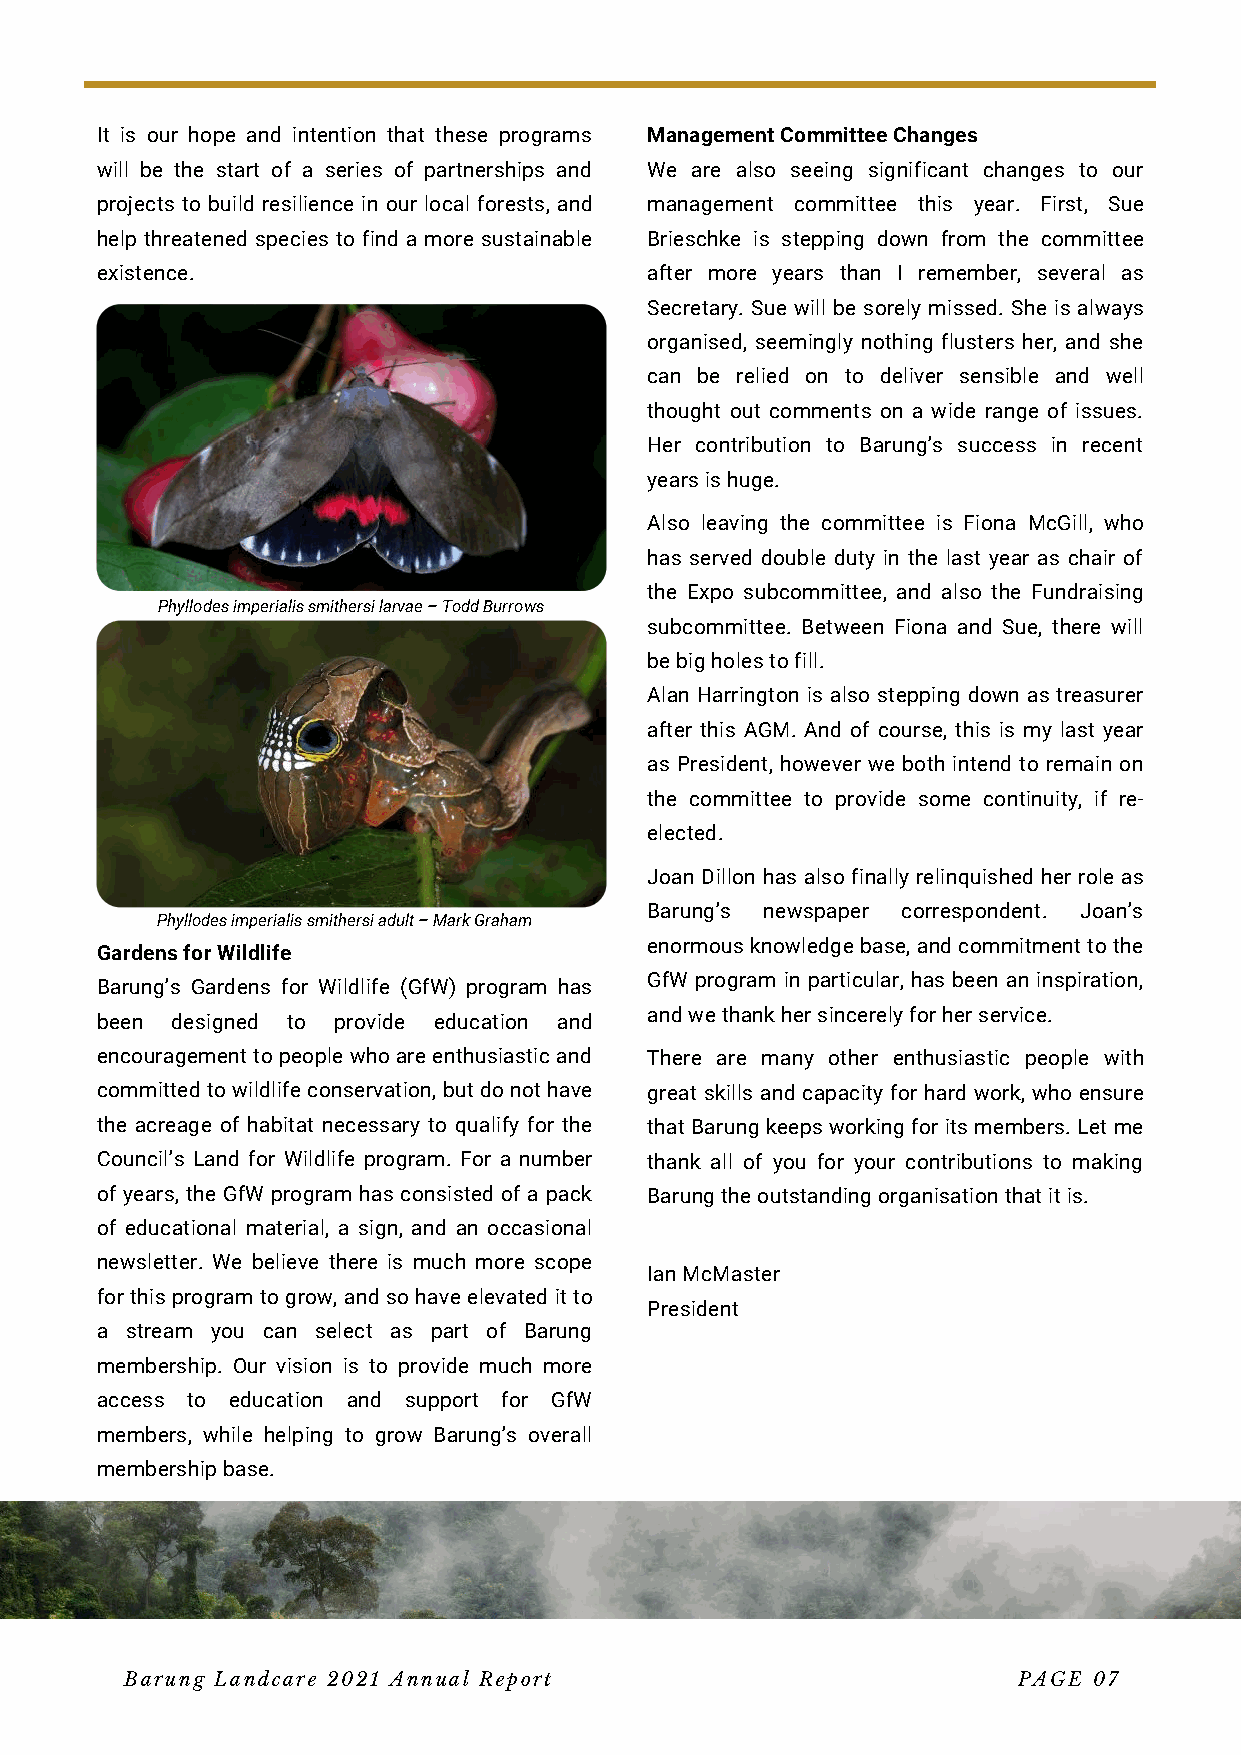
It is our hope and intention that these programs Management Committee Changes
 will be the start of a series of partnerships and We are also seeing significant changes to our
 projects to build resilience in our local forests, and management committee this year. First, Sue
 help threatened species to find a more sustainable Brieschke is stepping down from the committee
 existence.                           after more years than I remember, several as
 Secretary. Sue will be sorely missed. She is always
 organised, seemingly nothing flusters her, and she
 can be relied on to deliver sensible and well
 thought out comments on a wide range of issues.
 Her contribution to Barung’s success in recent
 years is huge.
 Also leaving the committee is Fiona McGill, who
 has served double duty in the last year as chair of
 the Expo subcommittee, and also the Fundraising
 Phyllodes imperialis smithersi larvae – Todd Burrows
 subcommittee. Between Fiona and Sue, there will
 be big holes to fill.
 Alan Harrington is also stepping down as treasurer
 after this AGM. And of course, this is my last year
 as President, however we both intend to remain on
 the committee to provide some continuity, if re-
 elected.
 Joan Dillon has also finally relinquished her role as
 Barung’s newspaper correspondent. Joan’s
 Phyllodes imperialis smithersi adult – Mark Graham
 enormous knowledge base, and commitment to the
 Gardens for Wildlife
 GfW program in particular, has been an inspiration,
 Barung’s Gardens for Wildlife (GfW) program has
 and we thank her sincerely for her service.
 been designed to provide education and
 encouragement to people who are enthusiastic and There are many other enthusiastic people with
 committed to wildlife conservation, but do not have great skills and capacity for hard work, who ensure
 the acreage of habitat necessary to qualify for the that Barung keeps working for its members. Let me
 Council’s Land for Wildlife program. For a number thank all of you for your contributions to making
 of years, the GfW program has consisted of a pack Barung the outstanding organisation that it is.
 of educational material, a sign, and an occasional
 newsletter. We believe there is much more scope
 Ian McMaster
 for this program to grow, and so have elevated it to
 President
 a stream you can select as part of Barung
 membership. Our vision is to provide much more
 access to education and support for GfW
 members, while helping to grow Barung’s overall
 membership base.
 Barung Landcare 2021 Annual Report                         PAGE 07